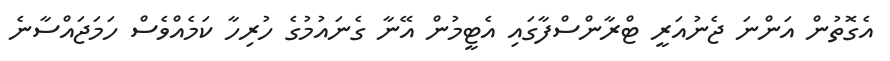
އެގޮތުން އަންނަ ޖެނުއަރީ ޓްރާންސްފާގައި އެޓީމުން އޭނާ ގެނައުމުގެ ހުރިހާ ކަމެއްވެސް ހަމަޖައްސާނެ